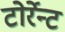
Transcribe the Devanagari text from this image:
टोर्रेन्ट